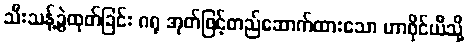
သီးသန့်ခွဲထုတ်ခြင်း ဂရု အုတ်ဖြင့်တည်ဆောက်ထားသော ဟာဝိုင်ယီသို့